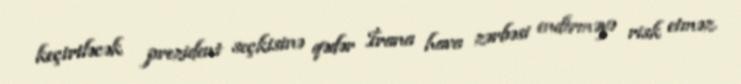
keçiriləcək prezident seçkisinə qədər İrana hava zərbəsi endirməyə risk etməz.